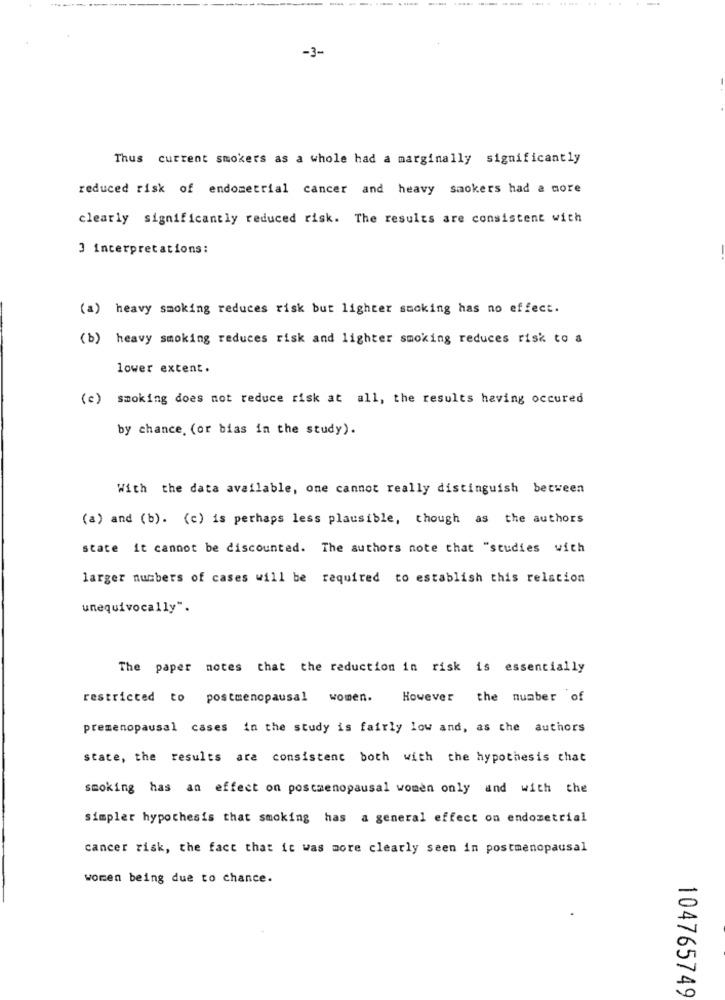
-3-
Thus current smokers as a whole had a marginally significantly
reduced risk of endometrial cancer and heavy smokers had a more
clearly significantly reduced risk. The results are consistent with
3 interpretations:
(a) heavy smoking reduces risk but lighter smoking has no effect.
(b) heavy smoking reduces risk and lighter smoking reduces risk to a
lower extent.
(c) smoking does not reduce risk at all, the results having occured
by chance, (or bias in the study).
With the data available, one cannot really distinguish between
(a) and (b). (c) is perhaps less plausible, though as the authors
state it cannot be discounted. The authors note that "studies with
larger numbers of cases will be required to establish this relation
unequivocally".
The paper notes that the reduction in risk is essentially
restricted to postmenopausal women.
However the number of
premenopausal cases in the study is fairly low and, as the authors
state, the results are consistent both with the hypothesis that
smoking has an effect on postmenopausal women only and with the
simpler hypothesis that smoking has a general effect on endometrial
cancer risk, the fact that it was more clearly seen in postmenopausal
women being due to chance.
104765749